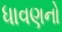
ધાવણનો